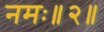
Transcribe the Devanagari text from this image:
नमः॥२॥